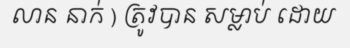
លាន នាក់ ) ត្រូវបាន សម្លាប់ ដោយ